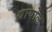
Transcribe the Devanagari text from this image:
थायोल